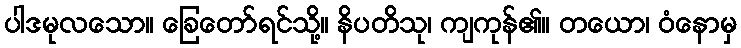
ပါဒမုလသော။ ခြေတော်ရင်သို့။ နိပတိသု၊ ကျကုန်၏။ တယော၊ ဝံနောမှ